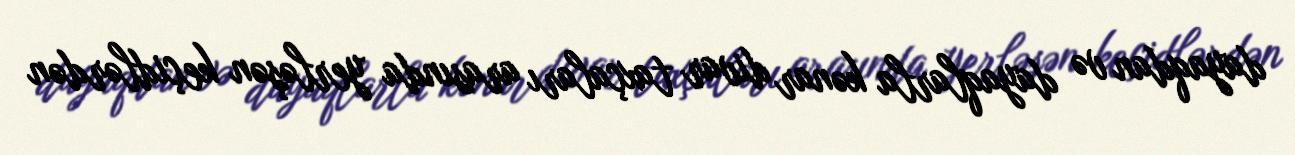
dayaqdan və dayaqlarla kənar divar taxçaları arasında yerləşən keçidlərdən